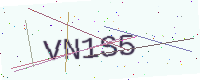
Text: VN1S5